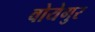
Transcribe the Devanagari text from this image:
वोयेगुर